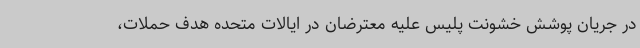
در جریان پوشش خشونت پلیس علیه معترضان در ایالات متحده هدف حملات،